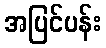
အပြင်ပန်း